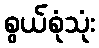
စွယ်စုံသုံး